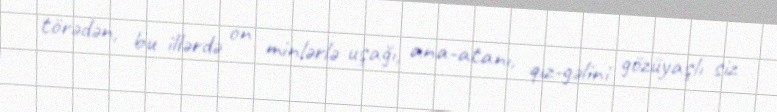
törədən, bu illərdə on minlərlə uşağı, ana-atanı, qız-gəlini gözüyaşlı siz